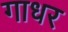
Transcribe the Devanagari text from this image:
गाधर